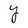
Character: Y